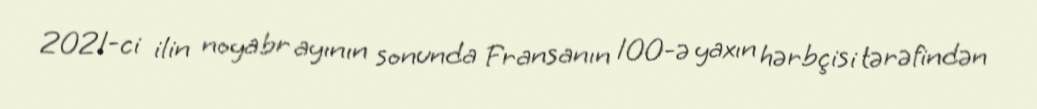
2021-ci ilin noyabr ayının sonunda Fransanın 100-ə yaxın hərbçisi tərəfindən